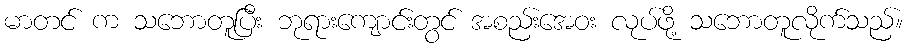
မာတင် က သဘောတူပြီး ဘုရားကျောင်းတွင် အစည်းအေဝး လုပ်ဖို့ သဘောတူလိုက်သည်။